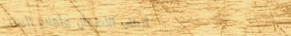
ألعاب الأطفال وأقلام الرص